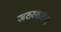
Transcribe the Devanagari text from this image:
जठरशाखाएँ